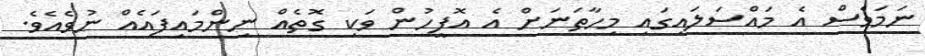
ނަމަވެސް އެ މައްސަލައިގައި މިހާތަނަށް އެ އޮފީހުން ވަކި ގޮތެއް ނިންމައިފައެއް ނުވެއެވެ.